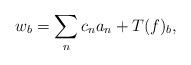
LaTeX: \begin{align*}w_b = \sum_{n} c_n a_n + T(f)_b,\end{align*}